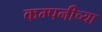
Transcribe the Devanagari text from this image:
कम्पनीच्या